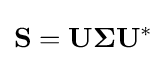
\mathbf {S} =\mathbf {U} \mathbf {\Sigma } \mathbf {U} ^{*}